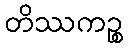
တိဿကဉ္စ